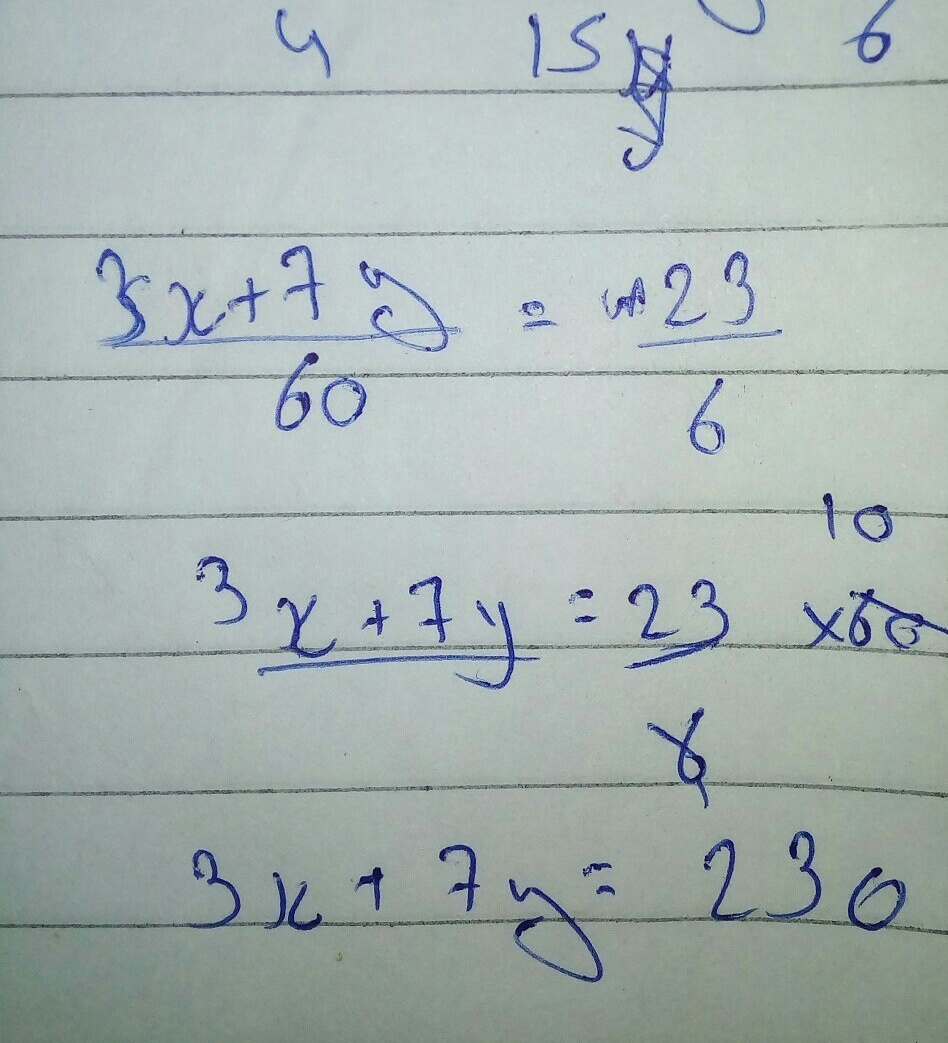
\begin{align*}
\frac{3x + 7y}{60}&=\frac{23}{6}\\
\frac{3x + 7y}{1}&= \frac{23}{1} \times10\\
3x + 7y&= 230
\end{align*}